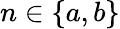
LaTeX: n\in\{ a,b\}